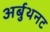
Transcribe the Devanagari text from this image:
अर्बुथनट